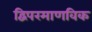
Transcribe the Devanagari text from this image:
द्विपरमाणविक